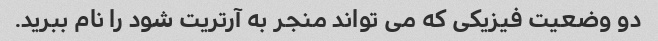
دو وضعیت فیزیکی که می تواند منجر به آرتریت شود را نام ببرید.